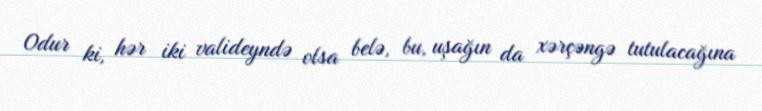
Odur ki, hər iki valideyndə olsa belə, bu, uşağın da xərçəngə tutulacağına